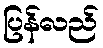
ပြန်လည်